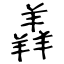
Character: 羴